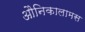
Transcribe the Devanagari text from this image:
औनिकालामस